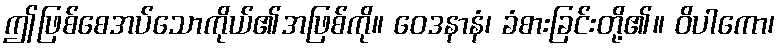
ဤဖြစ်စေအပ်သောကိုယ်၏အဖြစ်ကို။ ဝေဒနာနံ၊ ခံစားခြင်းတို့၏။ ဝိပါကော၊